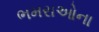
ભમરાઓના